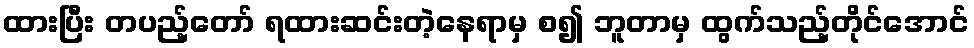
ထားပြီး တပည့်တော် ရထားဆင်းတဲ့နေရာမှ စ၍ ဘူတာမှ ထွက်သည့်တိုင်အောင်